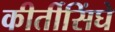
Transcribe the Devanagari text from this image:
कीर्तीसिंघे